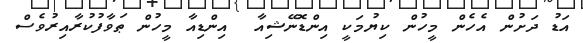
އަޑު ދަށުން އެހެން މީހުން ކިޔުމަކީ އިންޑޮނޭޝިއާ  އިންޑިއާ މީހުން ޠަވާފުކުރާއިރުވެސް